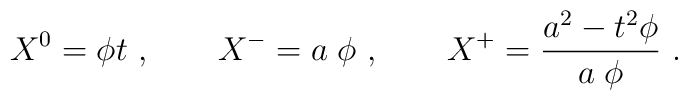
X^0 = \phi t \ , \qquad X^- = a \; \phi \ , \qquad X^+ = {a^2 -t^2  \phi \over a\;  \phi} \ .